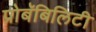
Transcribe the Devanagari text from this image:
प्रोबॅबिलिटी